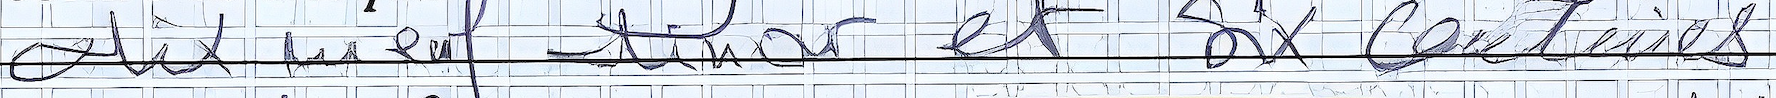
dix neuf dinar et Six centimes